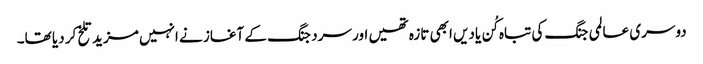
دوسری عالمی جنگ کی تباہ کُن یادیں ابھی تازہ تھیں اور سرد جنگ کے آغاز نے انہیں مزید تلخ کر دیا تھا۔